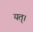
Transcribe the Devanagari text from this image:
यत्।